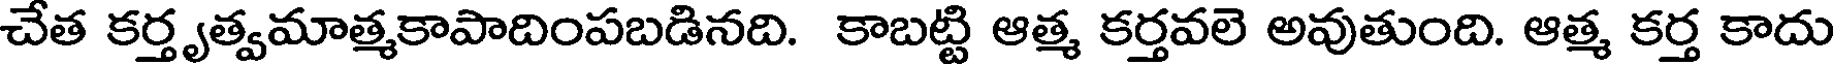
చేత కర్తృత్వమాత్మకాపాదింపబడినది. కాబట్టి ఆత్మ కర్తవలె అవుతుంది. ఆత్మ కర్త కాదు